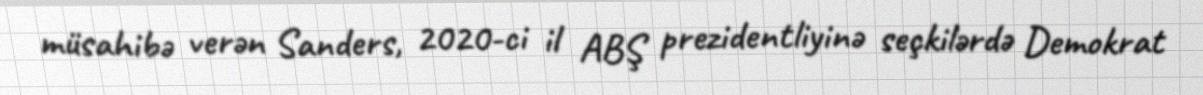
müsahibə verən Sanders, 2020-ci il ABŞ prezidentliyinə seçkilərdə Demokrat